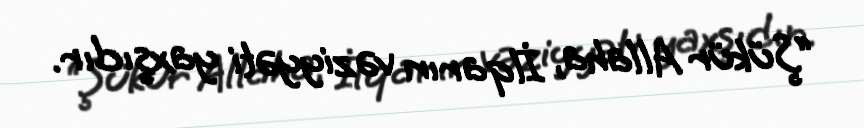
“Şükür Allaha, İlqarın vəziyyəti yaxşıdır.